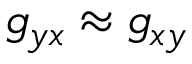
g _ { y x } \approx g _ { x y }